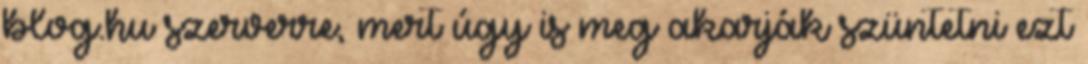
blog.hu szerverre, mert úgy is meg akarják szüntetni ezt